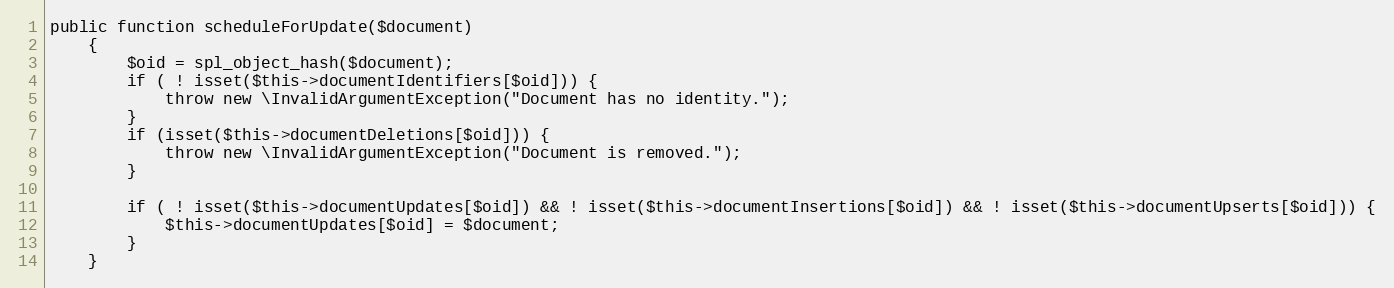
Language: PHP
public function scheduleForUpdate($document)
    {
        $oid = spl_object_hash($document);
        if ( ! isset($this->documentIdentifiers[$oid])) {
            throw new \InvalidArgumentException("Document has no identity.");
        }
        if (isset($this->documentDeletions[$oid])) {
            throw new \InvalidArgumentException("Document is removed.");
        }

        if ( ! isset($this->documentUpdates[$oid]) && ! isset($this->documentInsertions[$oid]) && ! isset($this->documentUpserts[$oid])) {
            $this->documentUpdates[$oid] = $document;
        }
    }